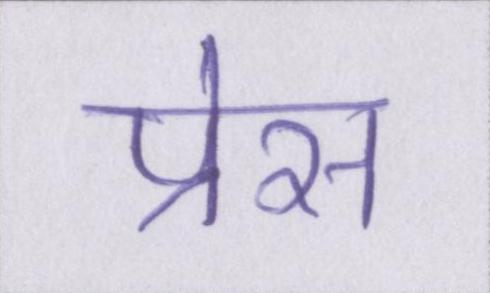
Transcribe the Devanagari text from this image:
प्रेस